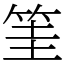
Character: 筀